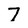
Character: 7